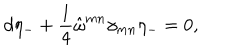
d \eta _ { - } + \frac { 1 } { 4 } \hat { \omega } ^ { m n } \gamma _ { m n } \eta _ { - } = 0 ,